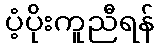
ပံ့ပိုးကူညီရန်